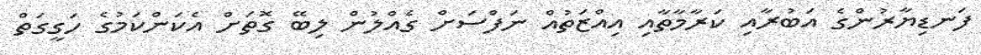
ފަނޑިޔާރުންގެ އަބުރާއި ކަރާމާތާއި އިއްޒަތުއް ނަފްސަށް ގެއްލުން ލިބޭ ގޮތަށް އެކަންކަމުގެ ހަގީގަތް